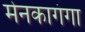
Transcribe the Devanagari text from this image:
मेनकागंगा